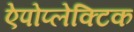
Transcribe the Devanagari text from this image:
ऐपोप्लेक्टिक